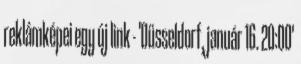
reklámképei egy új link - 'Düsseldorf, január 16. 20:00'